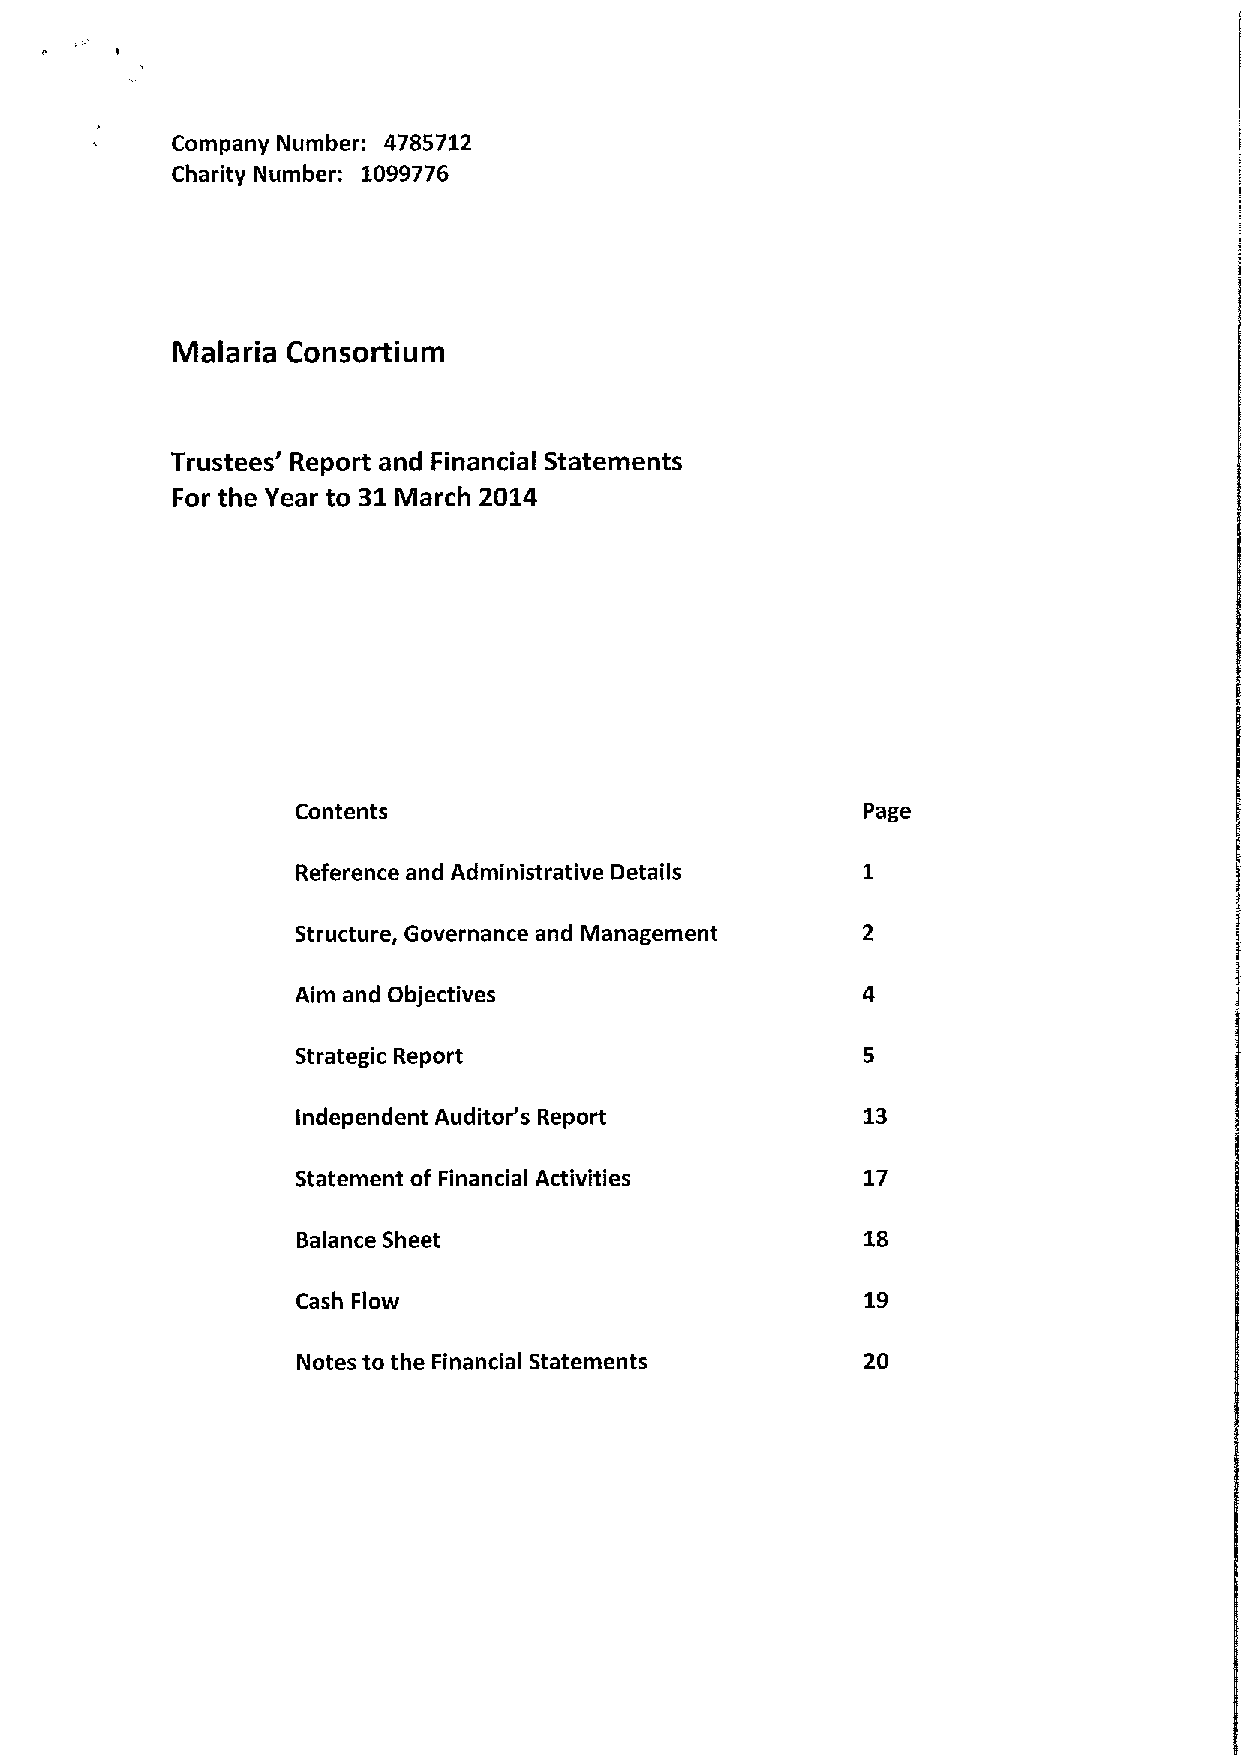
Company Number: 4785712
 Charity Number: 1099776
 Malaria Consortium
 Trustees' Report and Financial Statements
 For the Year to 31March 2014
 Contents                             Page
 Reference and Administrative Details
 Structure, Governance and Management
 Aim and Objectives
 Strategic Report
 Independent Auditor's Report         13
 Statement of Financial Activities    17
 Balance Sheet                        18
 Cash Flow                            19
 Notes to the Financial Statements    20